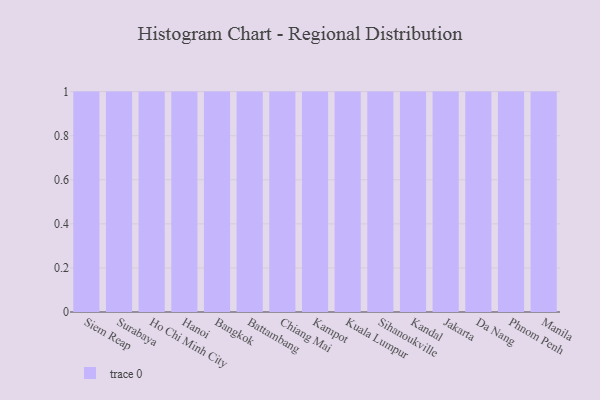
{"axis": {"x": "City", "y": "Demand Index"}, "legend": [""], "data": [{"x": "Siem Reap", "y": 51, "type": ""}, {"x": "Surabaya", "y": 88, "type": ""}, {"x": "Ho Chi Minh City", "y": 42, "type": ""}, {"x": "Hanoi", "y": 39, "type": ""}, {"x": "Bangkok", "y": 71, "type": ""}, {"x": "Battambang", "y": 15, "type": ""}, {"x": "Chiang Mai", "y": 6, "type": ""}, {"x": "Kampot", "y": 79, "type": ""}, {"x": "Kuala Lumpur", "y": 22, "type": ""}, {"x": "Sihanoukville", "y": 42, "type": ""}, {"x": "Kandal", "y": 72, "type": ""}, {"x": "Jakarta", "y": 86, "type": ""}, {"x": "Da Nang", "y": 88, "type": ""}, {"x": "Phnom Penh", "y": 81, "type": ""}, {"x": "Manila", "y": 7, "type": ""}]}